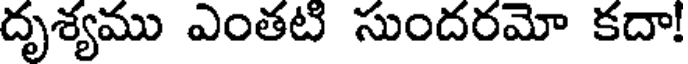
దృశ్యము ఎంతటి సుందరమో కదా!